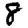
Digit: 8